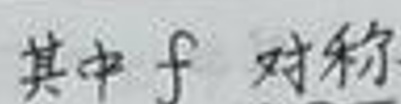
其中 $f$ 对称